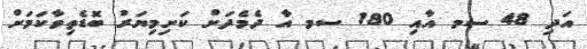
އަދި 48 ސމ އާއި 180 ސމ އާ ދެމެދަށް ކަށިމިޔަރު ބޮޑެތިވާކަމަށް